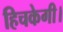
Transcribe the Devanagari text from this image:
हिचकेगी।